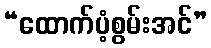
“ထောက်ပံ့စွမ်းအင်”